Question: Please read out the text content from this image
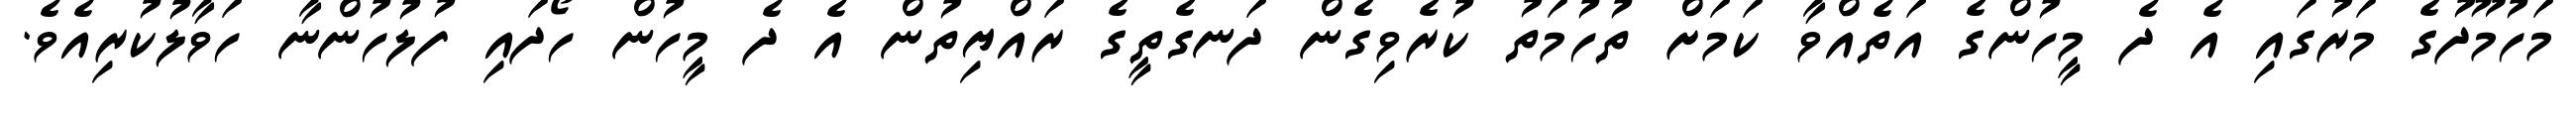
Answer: މަހުމޫދުގެ މަރުގައި އެ ދެ މީހުންގެ އަތެއްވާ ކަމަށް ތުހުމަތު ކުރެވިގެން ދަނގެތީގެ ރައްޔިތުން އެ ދެ މީހުން ހޯދައި ފުލުހުންނާ ހަވާލުކުރިއެވެ.